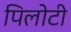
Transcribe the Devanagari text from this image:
पिलोटी